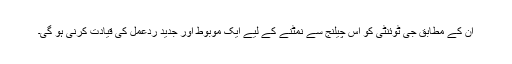
ان کے مطابق جی ٹوئنٹی کو اس چيلنج سے نمٹنے کے ليے ايک موبوط اور جديد ردعمل کی قيادت کرنی ہو گی۔